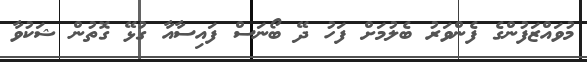
މުވައްޒަފުންގެ ފެންވަރު ބެލުމަށް ފަހު ދޭ ބޯނަސް ފައިސާއާ ގުޅޭ ގޮތުން ޝަކުވާ